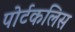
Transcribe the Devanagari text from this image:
पोर्टकलिस